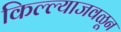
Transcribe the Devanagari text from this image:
किल्ल्याजवळून